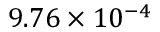
9 . 7 6 \times 1 0 ^ { - 4 }